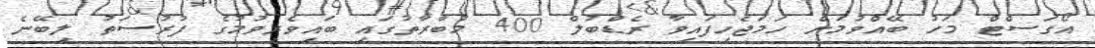
އޯގަސްޓް މަހު ބޭއްވުމަށް ހަމަޖެހިފައިވާ ރެޑްބުލް 400 މުބާރާތުގައި ބައިވެރިވުމުގެ ފުރުސަތު ލިބޭނެ